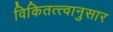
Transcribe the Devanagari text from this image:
विकितत्त्वानुसार